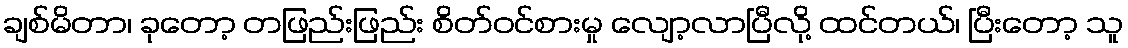
ချစ်မိတာ၊ ခုတော့ တဖြည်းဖြည်း စိတ်ဝင်စားမှု လျော့လာပြီလို့ ထင်တယ်၊ ပြီးတော့ သူ